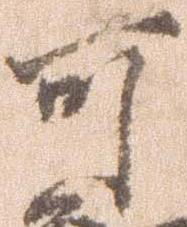
可